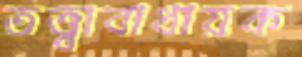
তত্ত্বাবাধায়ক